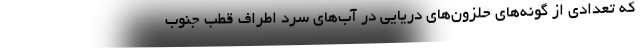
که تعدادی از گونه‌های حلزون‌های دریایی در آب‌های سرد اطراف قطب جنوب